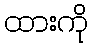
ထားကို